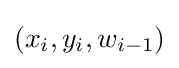
(x_{i},y_{i},w_{i-1})